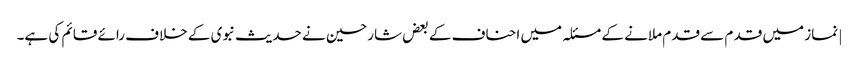
| نماز میں قد م سے قدم ملانے کے مسئلہ میں احناف کے بعض شارحین نے حدیث نبوی کے خلاف رائے قائم کی ہے۔